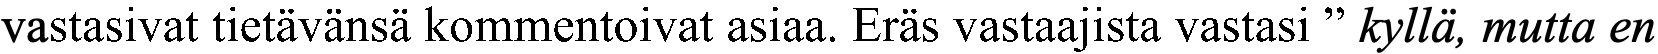
vastasivat tietävänsä kommentoivat asiaa. Eräs vastaajista vastasi ” kyllä, mutta en